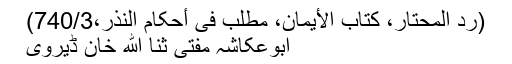
(رد المحتار، کتاب الأیمان، مطلب فی أحکام النذر،740/3)
ابوعکاشہ مفتی ثنا الله خان ڈیروی